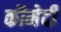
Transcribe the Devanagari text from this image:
कौमेदी